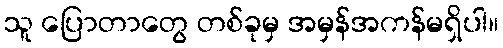
သူ ပြောတာတွေ တစ်ခုမှ အမှန်အကန်မရှိပါ။